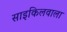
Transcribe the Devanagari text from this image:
साइकिलवाला